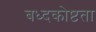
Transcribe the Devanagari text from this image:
बध्दकोष्टता